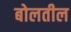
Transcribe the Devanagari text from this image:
बोलतील